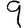
Digit: 9